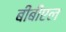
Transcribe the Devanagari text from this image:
बीबीएल